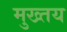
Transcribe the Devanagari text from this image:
मुख्तय